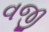
વજી